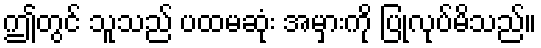
ဤတွင် သူသည် ပထမဆုံး အမှားကို ပြုလုပ်မိသည်။